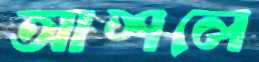
আশলে